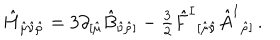
\hat { H } _ { \hat { \mu } \hat { \nu } \hat { \rho } } = 3 \partial _ { [ \hat { \mu } } \hat { B } _ { \hat { \nu } \hat { \rho } ] } - { \textstyle \frac { 3 } { 2 } } \hat { F } ^ { I } { } _ { [ \hat { \mu } \hat { \nu } } \hat { A } ^ { I } { } _ { \hat { \rho } ] } \, .